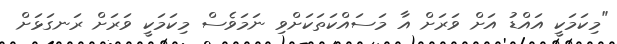
"މިކަމަކީ އައްޑު އަށް ވަރަށް އާ މަސައްކަތަކަށްވި ނަމަވެސް މިކަމަކީ ވަރަށް ރަނގަޅަށް